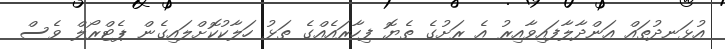
އުޅަނދުތައް އަންދާލާފައިވާއިރު އެ ރަށުގެ ތެޔޮ ފިހާރައެއްގެ ތަޅު ހަލާކުކޮށްލައިގެން ޕެޓްރޯލް ވެސް